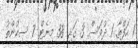
1 ހަފްތާ